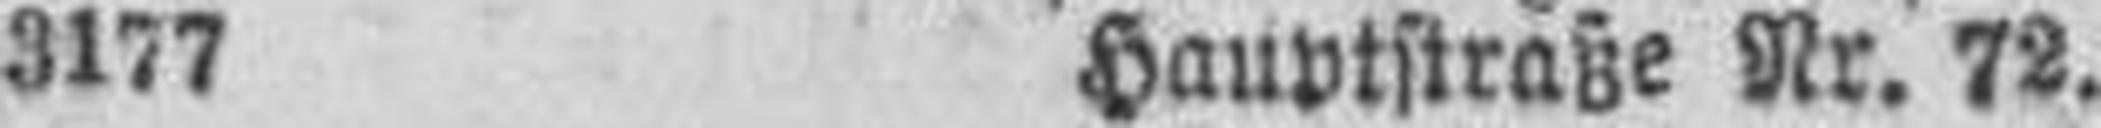
3177 Hauptstraße Nr. 72.